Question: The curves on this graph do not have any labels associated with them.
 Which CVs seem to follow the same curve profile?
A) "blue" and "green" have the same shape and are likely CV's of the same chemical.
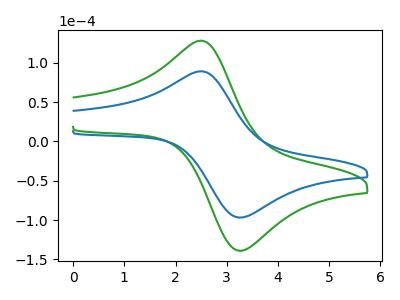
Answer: <think>The green curve "green" has an anodic peak at (2.50V, 128.20uA) and a cathodic peak at (3.30V, -138.80uA). The blue curve "blue" has an anodic peak at (2.50V, 89.25uA) and a cathodic peak at (3.30V, -96.65uA).
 All the peaks in "green" have a peak in "blue" at the same potential. Every peak in "green" is higher than every peak in "blue".</think>
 <answer>A) "blue" and "green" have the same shape and are likely CV's of the same chemical.</answer>
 <eval>A</eval>